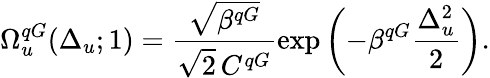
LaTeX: \Omega_{u}^{qG}(\Delta_{u};1)=\frac{\sqrt{\beta^{qG}}}{\sqrt{2}\, C^{qG}}\exp\left(-\beta^{qG}\frac{\Delta_{u}^{2}}{2}\right).